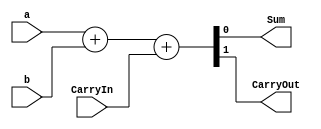
module FullAdd(a,b,CarryIn,Sum,CarryOut);
  input a,b,CarryIn;
  output Sum,CarryOut;
  wire Sum,CarryOut;
  
  assign {CarryOut,Sum}=a+b+CarryIn;
  
endmodule